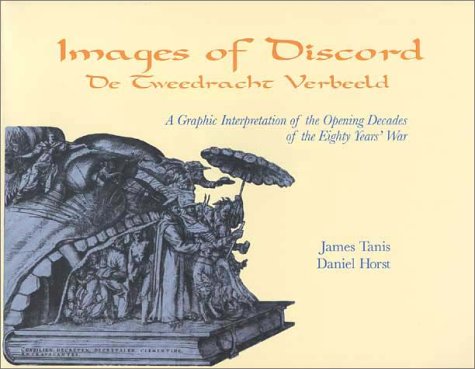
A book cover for Images of Discord: A Graphic Interpretation of the Opening Decades of the Eighty Years' War (De Tweedracht Verbeeld : Prentkunst Als Propaganda Aan); James Tanis; History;